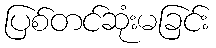
ပြစ်တင်ဆုံးမခြင်း